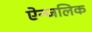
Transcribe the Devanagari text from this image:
ऐन्जलिक